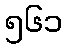
၅၆၁